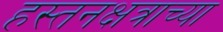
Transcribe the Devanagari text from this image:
हस्तनक्षत्राच्या